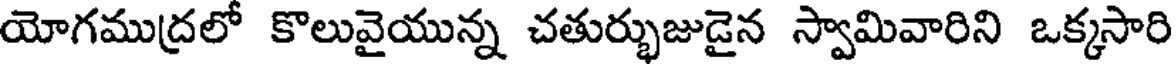
యోగముద్రలో కొలువైయున్న చతుర్భుజుడైన స్వామివారిని ఒక్కసారి